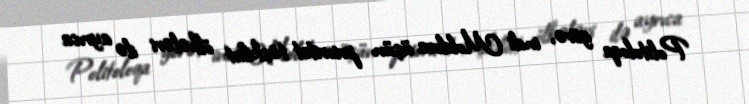
Politoloqa görə, indi Moldova üçün prioritet təşkilat ölkələri ilə ayrıca